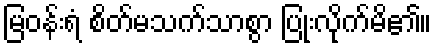
မြဝန်းရံ စိတ်မသက်သာစွာ ပြုံးလိုက်မိ၏။